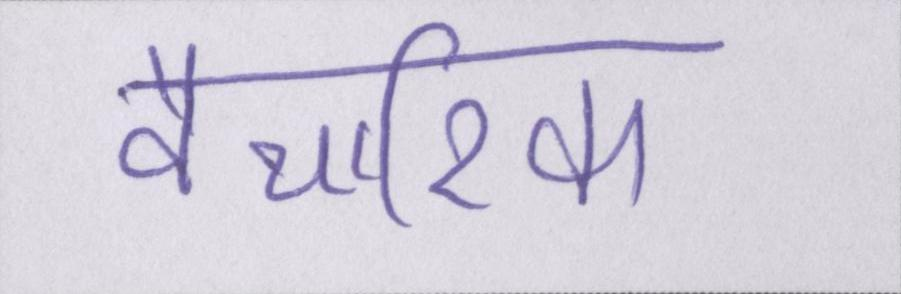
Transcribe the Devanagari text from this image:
वैचारिक